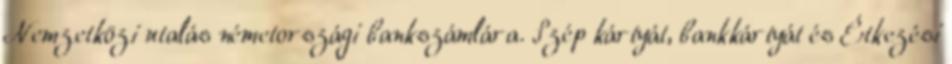
Nemzetközi utalás németországi bankszámlára. Szép kártyát, bankkártyát és Étkezési